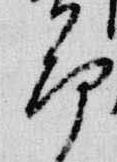
節